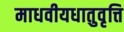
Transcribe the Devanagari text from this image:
माधवीयधातुवृत्ति